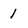
Character: 1